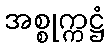
အစ္စုက္ကဋ္ဌံ